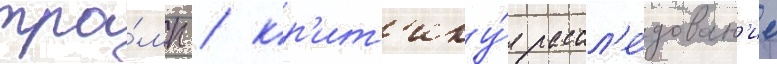
тра́мп / кр'ит'ику́я рассл'е́дован'ие